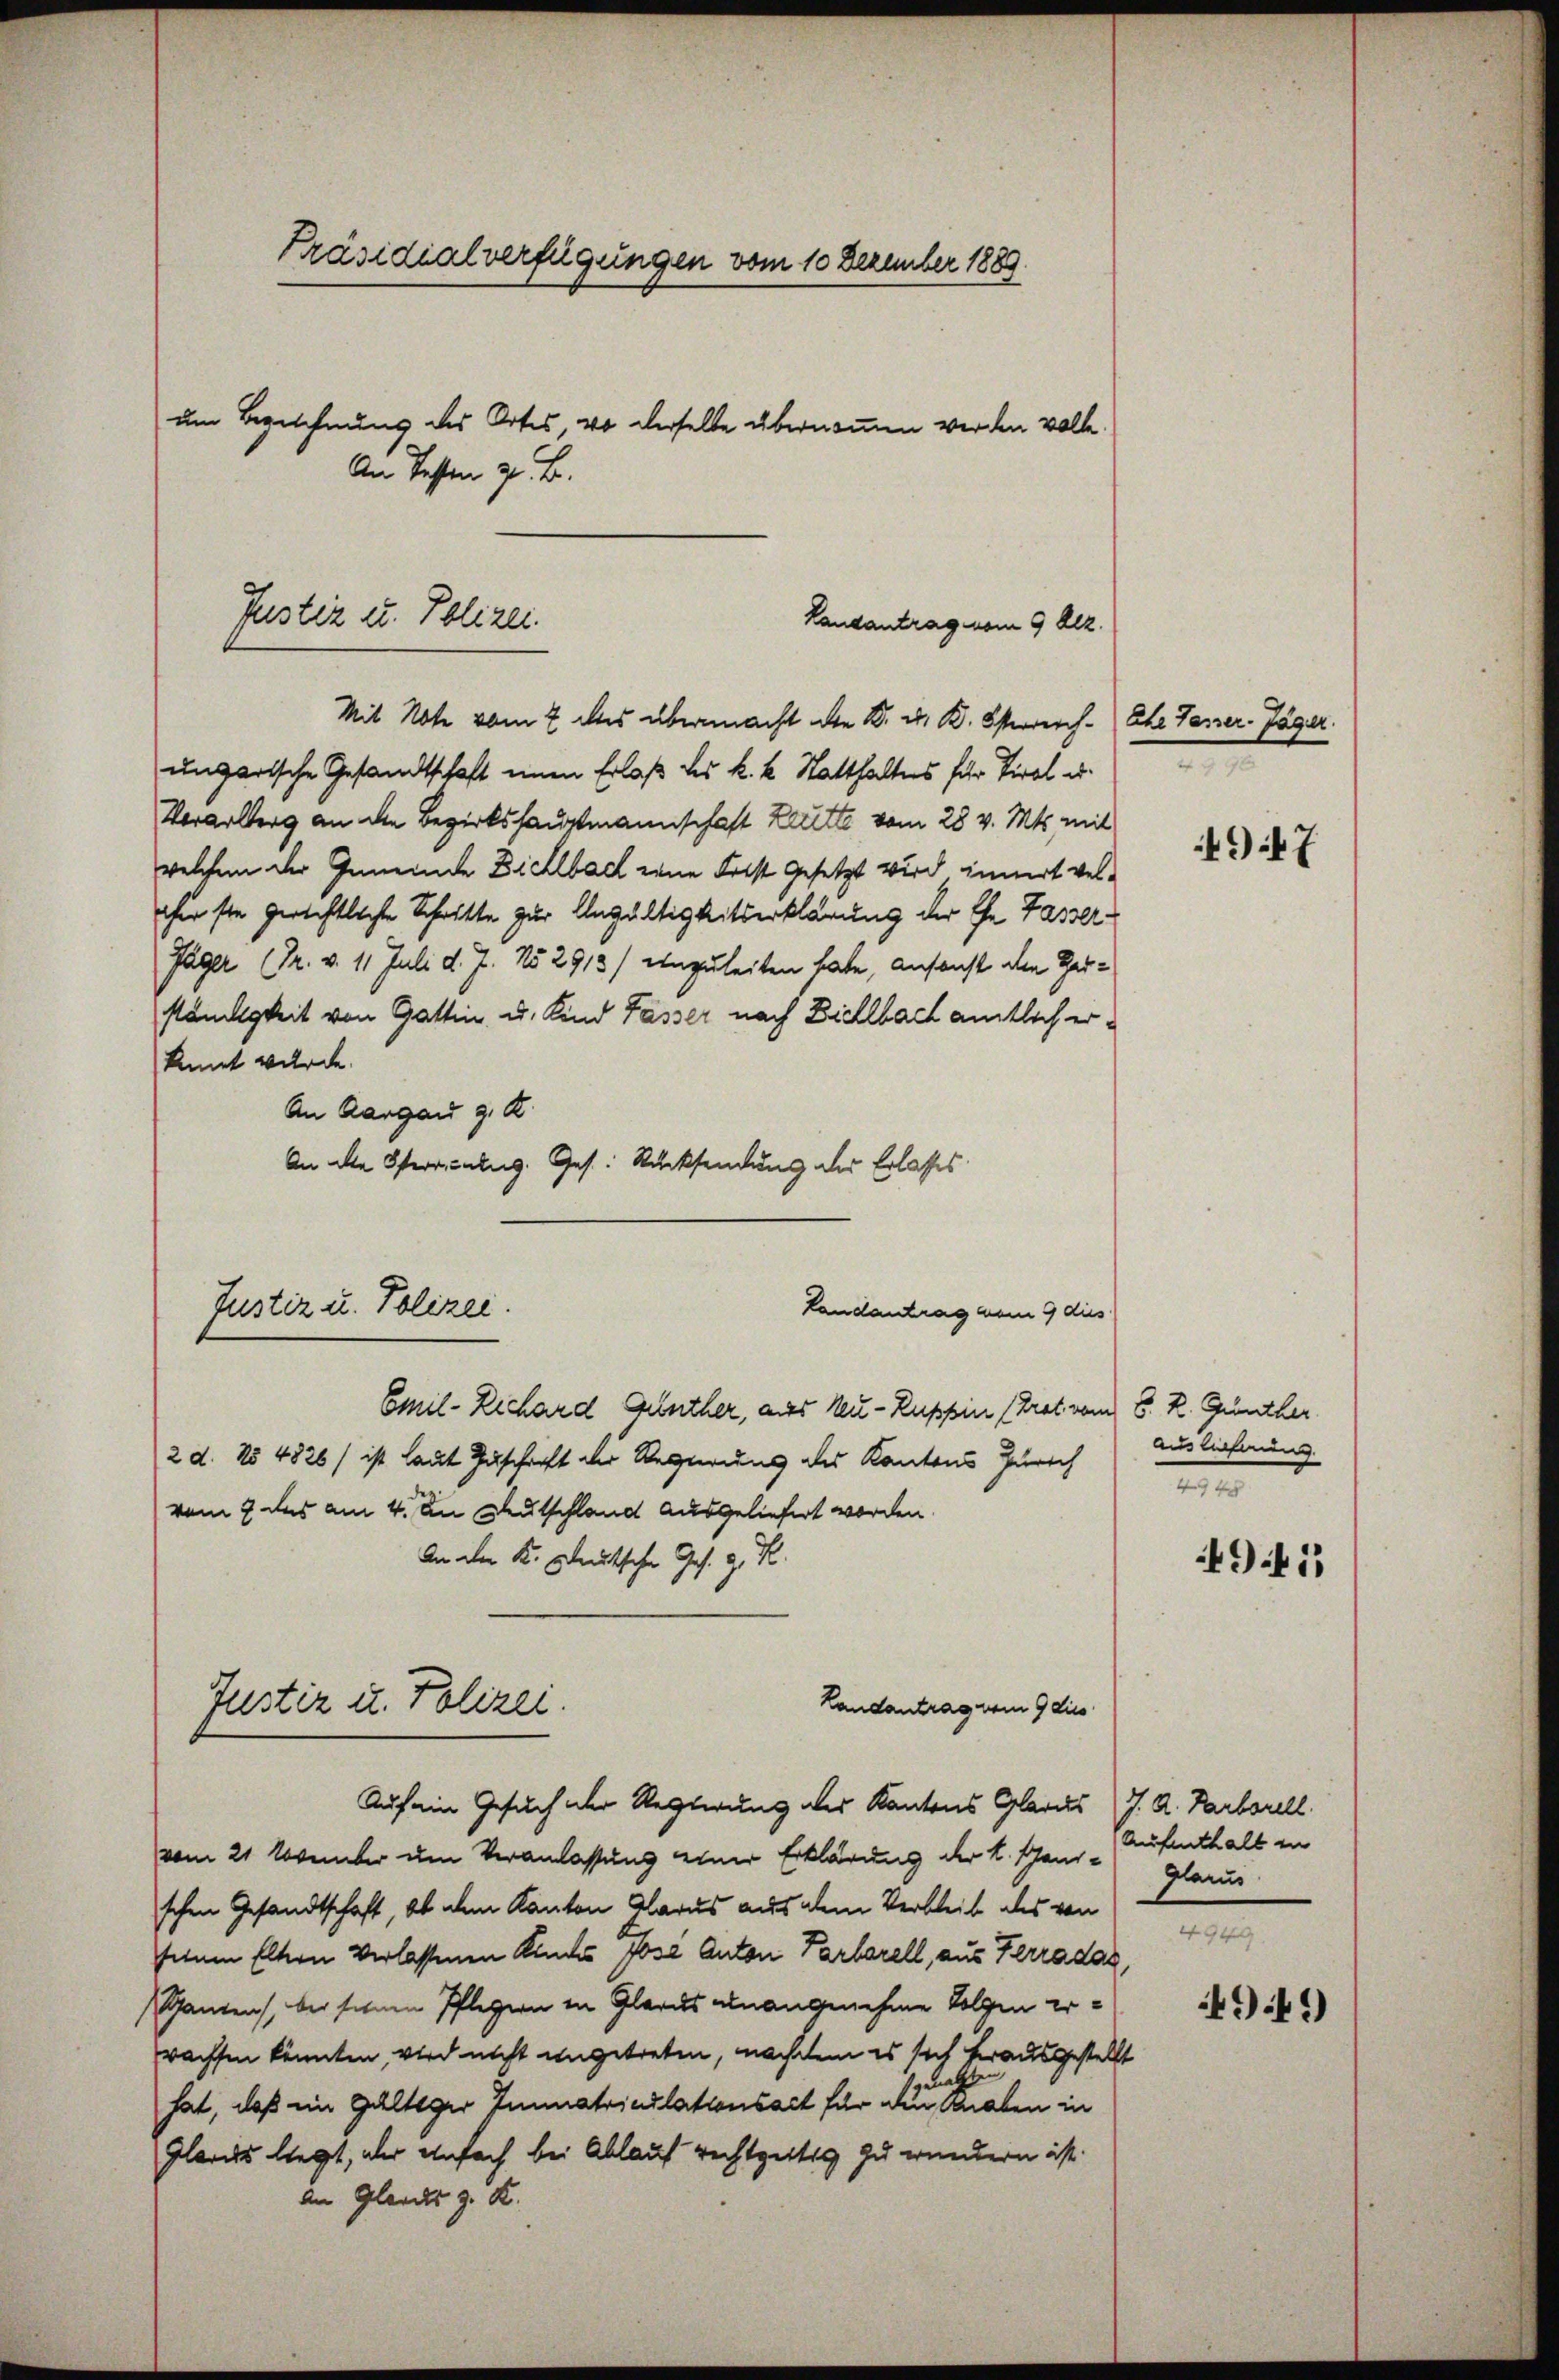
Präsidialverfügungen vom 10 Dezember 1889
um Bezeichnung des Ortes, 40 derselbe übernommen werden wolle.
An Testen z. B.

Justiz u. Polizei.
Landantrag vom 9 Dz.

Mit Note vom 7 des übermacht die B. d. K. Österreich- Ehe Tasser- Jäger.
ungarische Gesandtschaft einen Erlaß des k. k. Statthaltes für Tirol u.
Vorarlberg an die Bezirkshauptmannschaft Leute vom 28 v. Mts. mit
welchem der Gemeinde Dichlbach eine Frist gesetzt wird innert welfer sie gerichtliche Schritte zur Ungültigkeitserklärung der Ehe Fasser-
Jäger (Pr. v. 11 Juli d. J. No 2913/ einzuleiten habe, ansonst den Herständigkeit von Gattin u. Kind Fässer nach Dichlbach amtlich erkannt wurde.
An Aargau z. R.
An alle Sperriculug. Ges. Rücksendung des Erlasses

Justiz u. Polizei.
Landantrag vom 9 dies

Justiz u. Polizei.

Emil-Rechard Günther, aus Neu - Ruppin (Trat vom 8. R. Günther
2 d. No 4826) ist laut Zuschrift der Regierung des Kantons Zürich
vom 2 des am 4. An Deutschland ausgeliefert worden.
An der K. Deutschen Ges. z. R.
Landantrag vom 9 dies
Auf ein Gesuch der Regierung des Kantons Glarus J. A. Farbstell
vom 21. November um Veranlassung einer Erklärung der L. Sandschen Gesandtschaft, ob dem Kanton Glarus aus dem Verbleib des von
seinen Eltern verlassenen Kindes Jose Anton Parbarell, aus Terrada,
(Ganzen, bei seinen Pflegern in Glarus unangenehme Folgen erwachsen könnten, wird nicht angetreten, nachdem es sich herausgestellt
hat, daß ein Galtiger Immatriculationsact für die einer haben in
Glarus liegt, aber einfach bei Ablauf rechtzeitig zu wundern ist.
An Gleichs z. K.

947

Auslieferung.
e

49 f 5

Aufenthalt in
Glarus
4949.

49 f.)